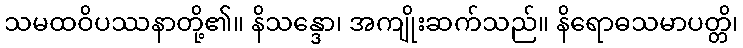
သမထဝိပဿနာတို့၏။ နိသန္ဒော၊ အကျိုးဆက်သည်။ နိရောဓသမာပတ္တိ၊